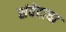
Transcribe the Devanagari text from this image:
संवेदाचा